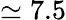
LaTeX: \simeq 7.5